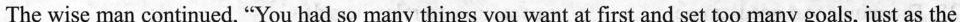
The wise man continued, "You had so many things you want at first and set too many goals, just as the